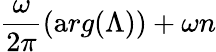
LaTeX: \frac{\omega}{2\pi}({\mathrm{a}rg}(\Lambda))+\omega n